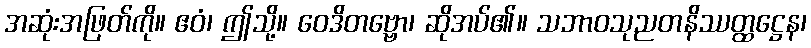
အဆုံးအဖြတ်ကို။ ဧဝံ၊ ဤသို့။ ဝေဒိတဗ္ဗော၊ ဆိုအပ်၏။ သဘာဝသုညတနိဿတ္ထဋ္ဌေန၊